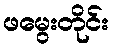
ဖမွေးတိုင်း